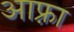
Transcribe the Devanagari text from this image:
आफ़्रा